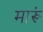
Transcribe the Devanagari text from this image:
मारूं